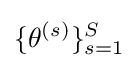
\{\theta ^{(s)}\}_{s=1}^{S}